Assam Mental Hospital (Tezpur, India) - 1933-1948
Year: 1933
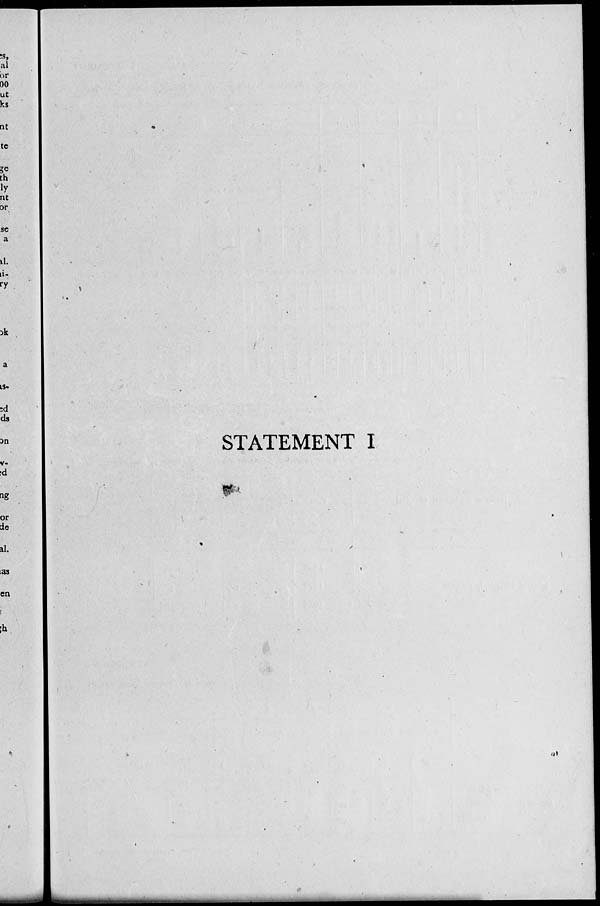
STATEMENT I